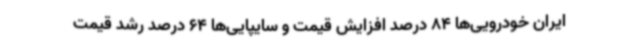
ایران خودرویی‌ها 84 درصد افزایش قیمت و سایپایی‌ها 64 درصد رشد قیمت